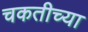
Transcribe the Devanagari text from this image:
चकतीच्या